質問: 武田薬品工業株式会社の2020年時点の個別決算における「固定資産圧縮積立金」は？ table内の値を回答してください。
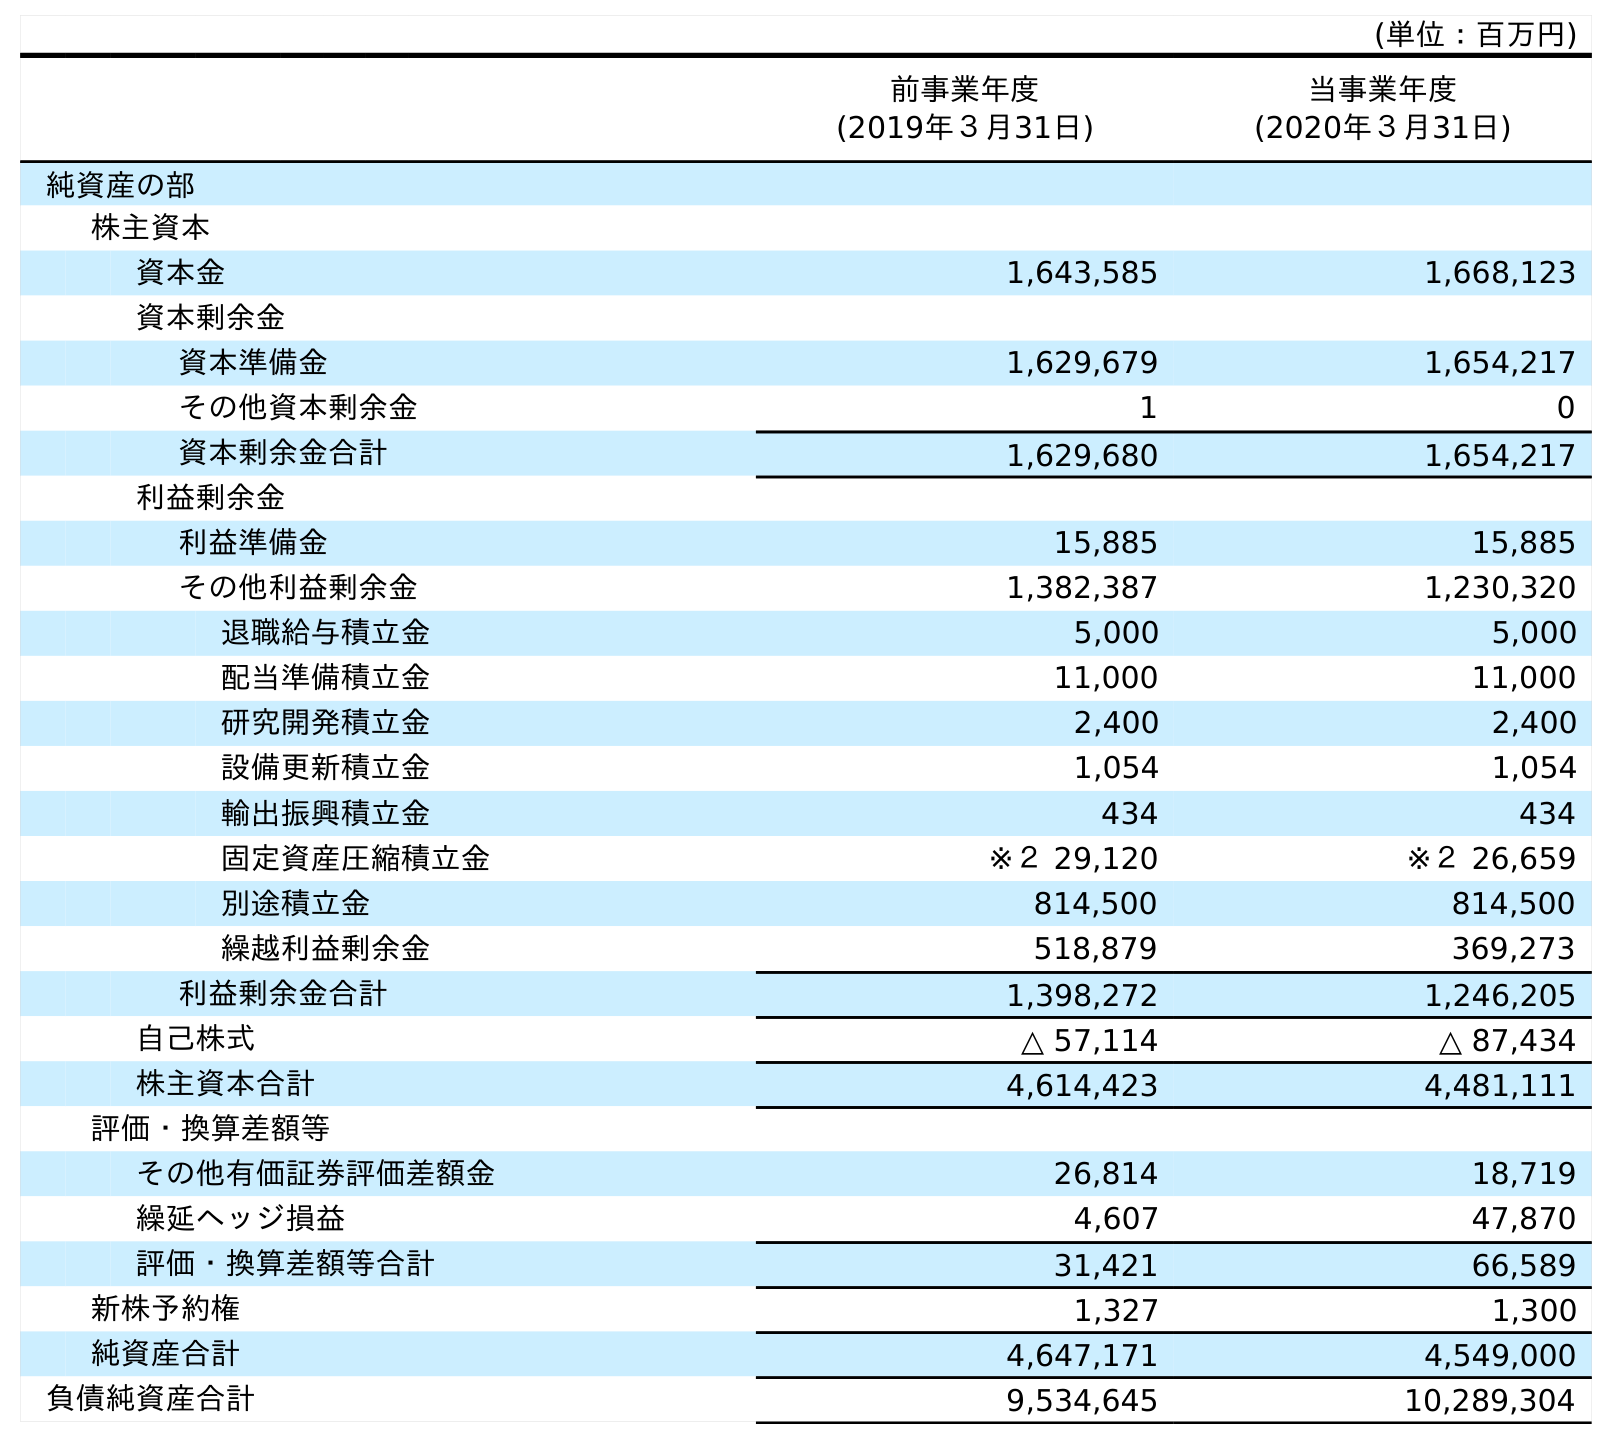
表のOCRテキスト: (単位：百万円) 前事業年度 (2019年３月31日) 当事業年度 (2020年３月31日) 純資産の部 株主資本 資本金 1,643,585 1,668,123 資本剰余金 資本準備金 1,629,679 1,654,217 その他資本剰余金 1 0 資本剰余金合計 1,629,680 1,654,217 利益剰余金 利益準備金 15,885 15,885 その他利益剰余金 1,382,387 1,230,320 退職給与積立金 5,000 5,000 配当準備積立金 11,000 11,000 研究開発積立金 2,400 2,400 設備更新積立金 1,054 1,054 輸出振興積立金 434 434 固定資産圧縮積立金 ※２ 29,120 ※２ 26,659 別途積立金 814,500 814,500 繰越利益剰余金 518,879 369,273 利益剰余金合計 1,398,272 1,246,205 自己株式 △ 57,114 △ 87,434 株主資本合計 4,614,423 4,481,111 評価・換算差額等 その他有価証券評価差額金 26,814 18,719 繰延ヘッジ損益 4,607 47,870 評価・換算差額等合計 31,421 66,589 新株予約権 1,327 1,300 純資産合計 4,647,171 4,549,000 負債純資産合計 9,534,645 10,289,304
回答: ※２26,659